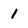
Character: 1